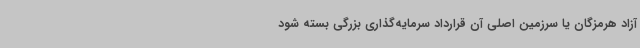
آزاد هرمزگان یا سرزمین اصلی آن قرارداد سرمایه‌گذاری بزرگی بسته شود